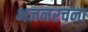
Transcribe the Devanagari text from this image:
भजनरचना